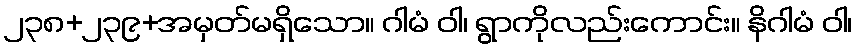
၂၃၈+၂၃၉+အမှတ်မရှိသော။ ဂါမံ ဝါ၊ ရွာကိုလည်းကောင်း။ နိဂါမံ ဝါ၊